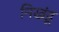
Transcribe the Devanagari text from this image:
निखंडू